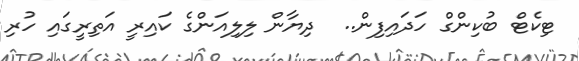
ޓިކެޓް ބުކިންގް ހަދައިފިން..  ދިޔާން ލިލިއަންގެ ކައިރީ އަތިރީގައި ހުރި